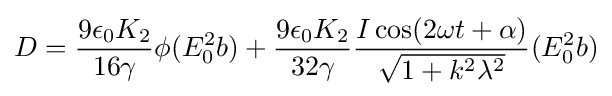
D={\frac {9\epsilon _{0}K_{2}}{16\gamma }}\phi (E_{0}^{2}b)+{\frac {9\epsilon _{0}K_{2}}{32\gamma }}{\frac {I\cos(2\omega t+\alpha )}{\sqrt {1+k^{2}\lambda ^{2}}}}(E_{0}^{2}b)